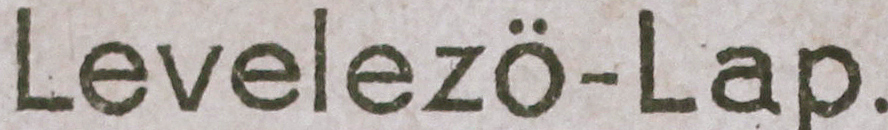
Levelezo-Lap.